Sanitation, dispensaries and jails vaccination Rajputana 1922-1927 - 1922-1927
Year: 1922
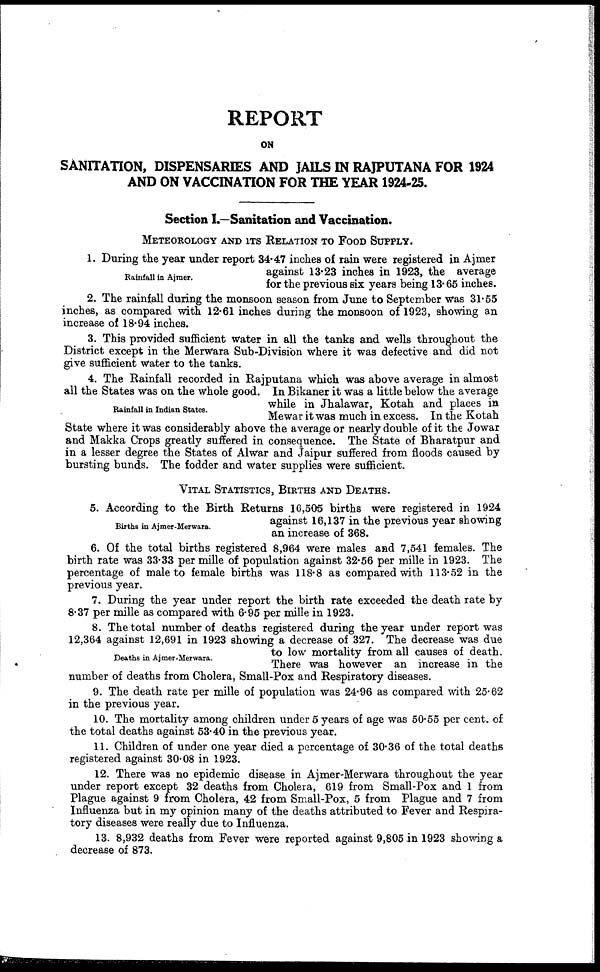
REPORT
ON
SANITATION, DISPENSARIES AND JAILS IN RAJPUTANA FOR 1924
AND ON VACCINATION FOR THE YEAR 1924-25.
Section I.—Sanitation and Vaccination.
METEOROLOGY AND ITS RELATION TO FOOD SUPPLY.
Rainfall in Ajmer.
1. During the year under report 34.47 inches of rain were registered in Ajmer
against 13.23 inches in 1923, the average
for the previous six years being 13.65 inches.
2. The rainfall during the monsoon season from June to September was 31.55
inches, as compared with 12.61 inches during the monsoon of 1923, showing an
increase of 18.94 inches.
3. This provided sufficient water in all the tanks and wells throughout the
District except in the Merwara Sub-Division where it was defective and did not
give sufficient water to the tanks.
Rainfall in Indian States.
4. The Rainfall recorded in Rajputana which was above average in almost
all the States was on the whole good. In Bikaner it was a little below the average
while in Jhalawar, Kotah and places in
Mewar it was much in excess. In the Kotah
State where it was considerably above the average or nearly double of it the Jowar
and Makka Crops greatly suffered in consequence. The State of Bharatpur and
in a lesser degree the States of Alwar and Jaipur suffered from floods caused by
bursting bunds. The fodder and water supplies were sufficient.
VITAL STATISTICS, BIRTHS AND DEATHS.
Births in Ajmer-Merwara.
5. According to the Birth Returns 16,505 births were registered in 1924
against 16,137 in the previous year showing
an increase of 368.
6. Of the total births registered 8,964 were males and 7,541 females. The
birth rate was 33.33 per mille of population against 32.56 per mille in 1923. The
percentage of male to female births was 118.8 as compared with 113.52 in the
previous year.
7. During the year under report the birth rate exceeded the death rate by
8.37 per mille as compared with 6.95 per mille in 1923.
Deaths in Ajmer-Merwara.
8. The total number of deaths registered during the year under report was
12,364 against 12,691 in 1923 showing a decrease of 327. The decrease was due
to low mortality from all causes of death.
There was however an increase in the
number of deaths from Cholera, Small-Pox and Respiratory diseases.
9. The death rate per mille of population was 24.96 as compared with 25.62
in the previous year.
10. The mortality among children under 5 years of age was 50.55 per cent. of
the total deaths against 53.40 in the previous year.
11. Children of under one year died a percentage of 30.36 of the total deaths
registered against 30.08 in 1923.
12. There was no epidemic disease in Ajmer-Merwara throughout the year
under report except 32 deaths from Cholera, 619 from Small-Pox and 1 from
Plague against 9 from Cholera, 42 from Small-Pox, 5 from Plague and 7 from
Influenza but in my opinion many of the deaths attributed to Fever and Respira-
tory diseases were really due to Influenza.
13. 8,932 deaths from Fever were reported against 9,805 in 1923 showing a
decrease of 873.